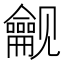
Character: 𬺟